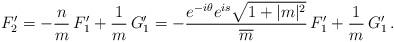
LaTeX: \begin{align*}F_2'=-\frac{n}{m}\,F_1' + \frac{1}{m}\,G_1' =- \frac{e^{-i\theta} e^{is} \sqrt{1+|m|^2}}{\overline m}\,F_1'+ \frac{1}{m}\,G_1'\,.\end{align*}